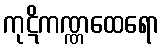
ကုဋိကဏ္ဏထေရော